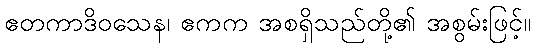
ဧတကာဒိဝသေန၊ ဧကက အစရှိသည်တို့၏ အစွမ်းဖြင့်။